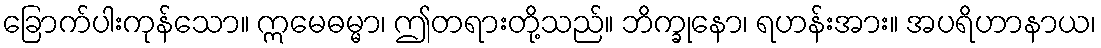
ခြောက်ပါးကုန်သော။ ဣမေဓမ္မာ၊ ဤတရားတို့သည်။ ဘိက္ခုနော၊ ရဟန်းအား။ အပရိဟာနာယ၊